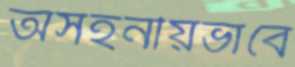
অসহনীয়ভাবে